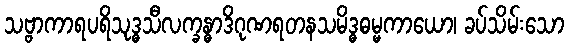
သဗ္ဗာကာရပရိသုဒ္ဓသီလက္ခန္ဓာဒိဂုဏရတနသမိဒ္ဓဓမ္မကာယော၊ ခပ်သိမ်းသော